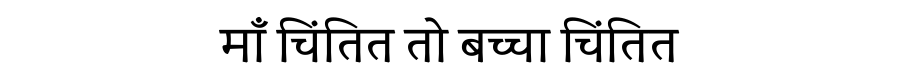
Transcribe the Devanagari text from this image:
माँ चिंतित तो बच्चा चिंतित